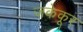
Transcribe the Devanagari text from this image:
जकेकूर